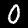
Label: 0